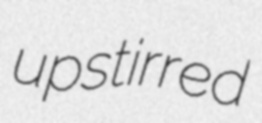
upstirred